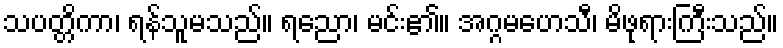
သပတ္တိကာ၊ ရန်သူမသည်။ ရညော၊ မင်း၏။ အဂ္ဂမဟေသီ၊ မိဖုရားကြီးသည်။